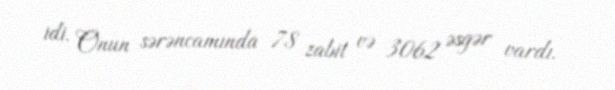
idi. Onun sərəncamında 78 zabit və 3062 əsgər vardı.